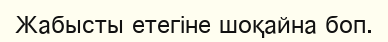
Жабысты етегіне шоқайна боп.